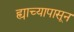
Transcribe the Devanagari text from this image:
ह्याच्यापासून